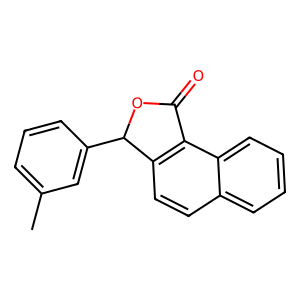
SMILES: Cc1cccc(C2OC(=O)c3c2ccc2ccccc32)c1
Inhibits HIV replication: No